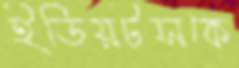
ইডিয়টসকে